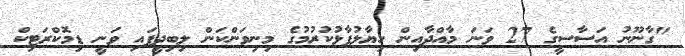
"ގާނޫނު އަސާސީގެ 27 ވަނަ މާއްދާއިން ހިޔާލުފާޅުކުރުމުގެ މިނިވަންކަން ލިބިދީފައި ވަނީ ޑިމޮކްރަޓިކް